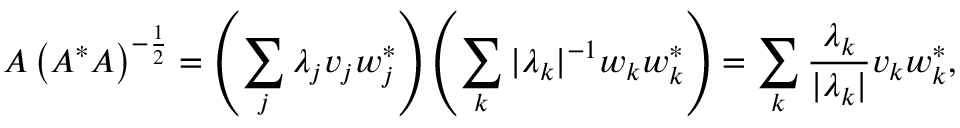
A \left( A ^ { * } A \right) ^ { - { \frac { 1 } { 2 } } } = \left( \sum _ { j } \lambda _ { j } v _ { j } w _ { j } ^ { * } \right) \left( \sum _ { k } | \lambda _ { k } | ^ { - 1 } w _ { k } w _ { k } ^ { * } \right) = \sum _ { k } { \frac { \lambda _ { k } } { | \lambda _ { k } | } } v _ { k } w _ { k } ^ { * } ,